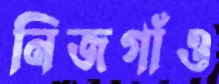
নিজগাঁও